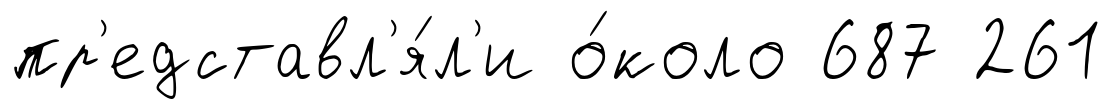
пр'едставл'я́л'и о́коло 687 261